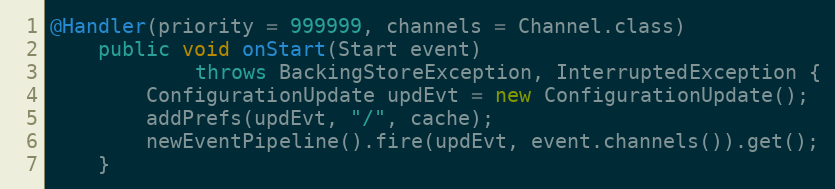
Language: Java
@Handler(priority = 999999, channels = Channel.class)
    public void onStart(Start event)
            throws BackingStoreException, InterruptedException {
        ConfigurationUpdate updEvt = new ConfigurationUpdate();
        addPrefs(updEvt, "/", cache);
        newEventPipeline().fire(updEvt, event.channels()).get();
    }